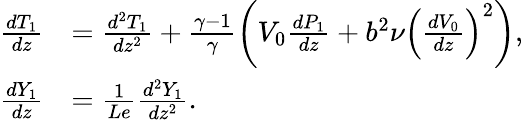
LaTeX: \begin{array}{rl}{\frac{d{T}_{1}}{dz}}&{=\frac{d^{2}{T}_{1}}{dz^{2}}+\frac{\gamma-1}{\gamma}\left({V}_{0}\frac{d{P}_{1}}{dz}+b^{2}\nu\left(\frac{dV_{0}}{dz}\right)^{2}\right),}\\ {\frac{d{Y}_{1}}{dz}}&{=\frac{1}{Le}\frac{d^{2}{Y}_{1}}{dz^{2}}.}\end{array}